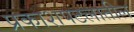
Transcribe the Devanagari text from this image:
प्रकाशपटलातील